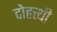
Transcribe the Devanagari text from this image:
दोहत्थी